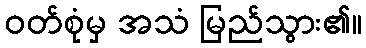
ဝတ်စုံမှ အသံ မြည်သွား၏။